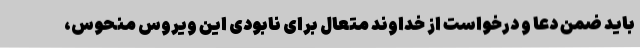
باید ضمن دعا و درخواست از خداوند متعال برای نابودی این ویروس منحوس،